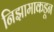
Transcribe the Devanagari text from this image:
निझामाकडून